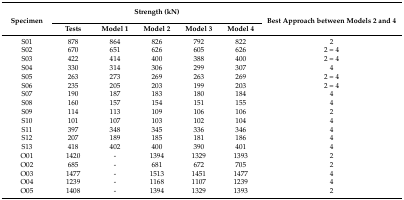
<table><thead><tr><td rowspan="2"><b>Specimen</b></td><td colspan="5"><b>Strength (kN)</b></td><td rowspan="2"><b>Best Approach between Models 2 and 4</b></td></tr><tr><td><b>Tests</b></td><td><b>Model 1</b></td><td><b>Model 2</b></td><td><b>Model 3</b></td><td><b>Model 4</b></td></tr></thead><tbody><tr><td>S01</td><td>878</td><td>864</td><td>826</td><td>792</td><td>822</td><td>2</td></tr><tr><td>S02</td><td>670</td><td>651</td><td>626</td><td>605</td><td>626</td><td>2 = 4</td></tr><tr><td>S03</td><td>422</td><td>414</td><td>400</td><td>388</td><td>400</td><td>2 = 4</td></tr><tr><td>S04</td><td>330</td><td>314</td><td>306</td><td>299</td><td>307</td><td>4</td></tr><tr><td>S05</td><td>263</td><td>273</td><td>269</td><td>263</td><td>269</td><td>2 = 4</td></tr><tr><td>S06</td><td>235</td><td>205</td><td>203</td><td>199</td><td>203</td><td>2 = 4</td></tr><tr><td>S07</td><td>190</td><td>187</td><td>183</td><td>180</td><td>184</td><td>4</td></tr><tr><td>S08</td><td>160</td><td>157</td><td>154</td><td>151</td><td>155</td><td>4</td></tr><tr><td>S09</td><td>114</td><td>113</td><td>109</td><td>106</td><td>106</td><td>2</td></tr><tr><td>S10</td><td>101</td><td>107</td><td>103</td><td>102</td><td>104</td><td>4</td></tr><tr><td>S11</td><td>397</td><td>348</td><td>345</td><td>336</td><td>346</td><td>4</td></tr><tr><td>S12</td><td>207</td><td>189</td><td>185</td><td>181</td><td>186</td><td>4</td></tr><tr><td>S13</td><td>418</td><td>402</td><td>400</td><td>390</td><td>401</td><td>4</td></tr><tr><td>O01</td><td>1420</td><td>-</td><td>1394</td><td>1329</td><td>1393</td><td>2</td></tr><tr><td>O02</td><td>685</td><td>-</td><td>681</td><td>672</td><td>705</td><td>2</td></tr><tr><td>O03</td><td>1477</td><td>-</td><td>1513</td><td>1451</td><td>1477</td><td>4</td></tr><tr><td>O04</td><td>1239</td><td>-</td><td>1168</td><td>1107</td><td>1239</td><td>4</td></tr><tr><td>O05</td><td>1408</td><td>-</td><td>1394</td><td>1329</td><td>1393</td><td>2</td></tr></tbody></table>